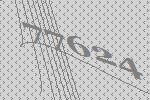
77624